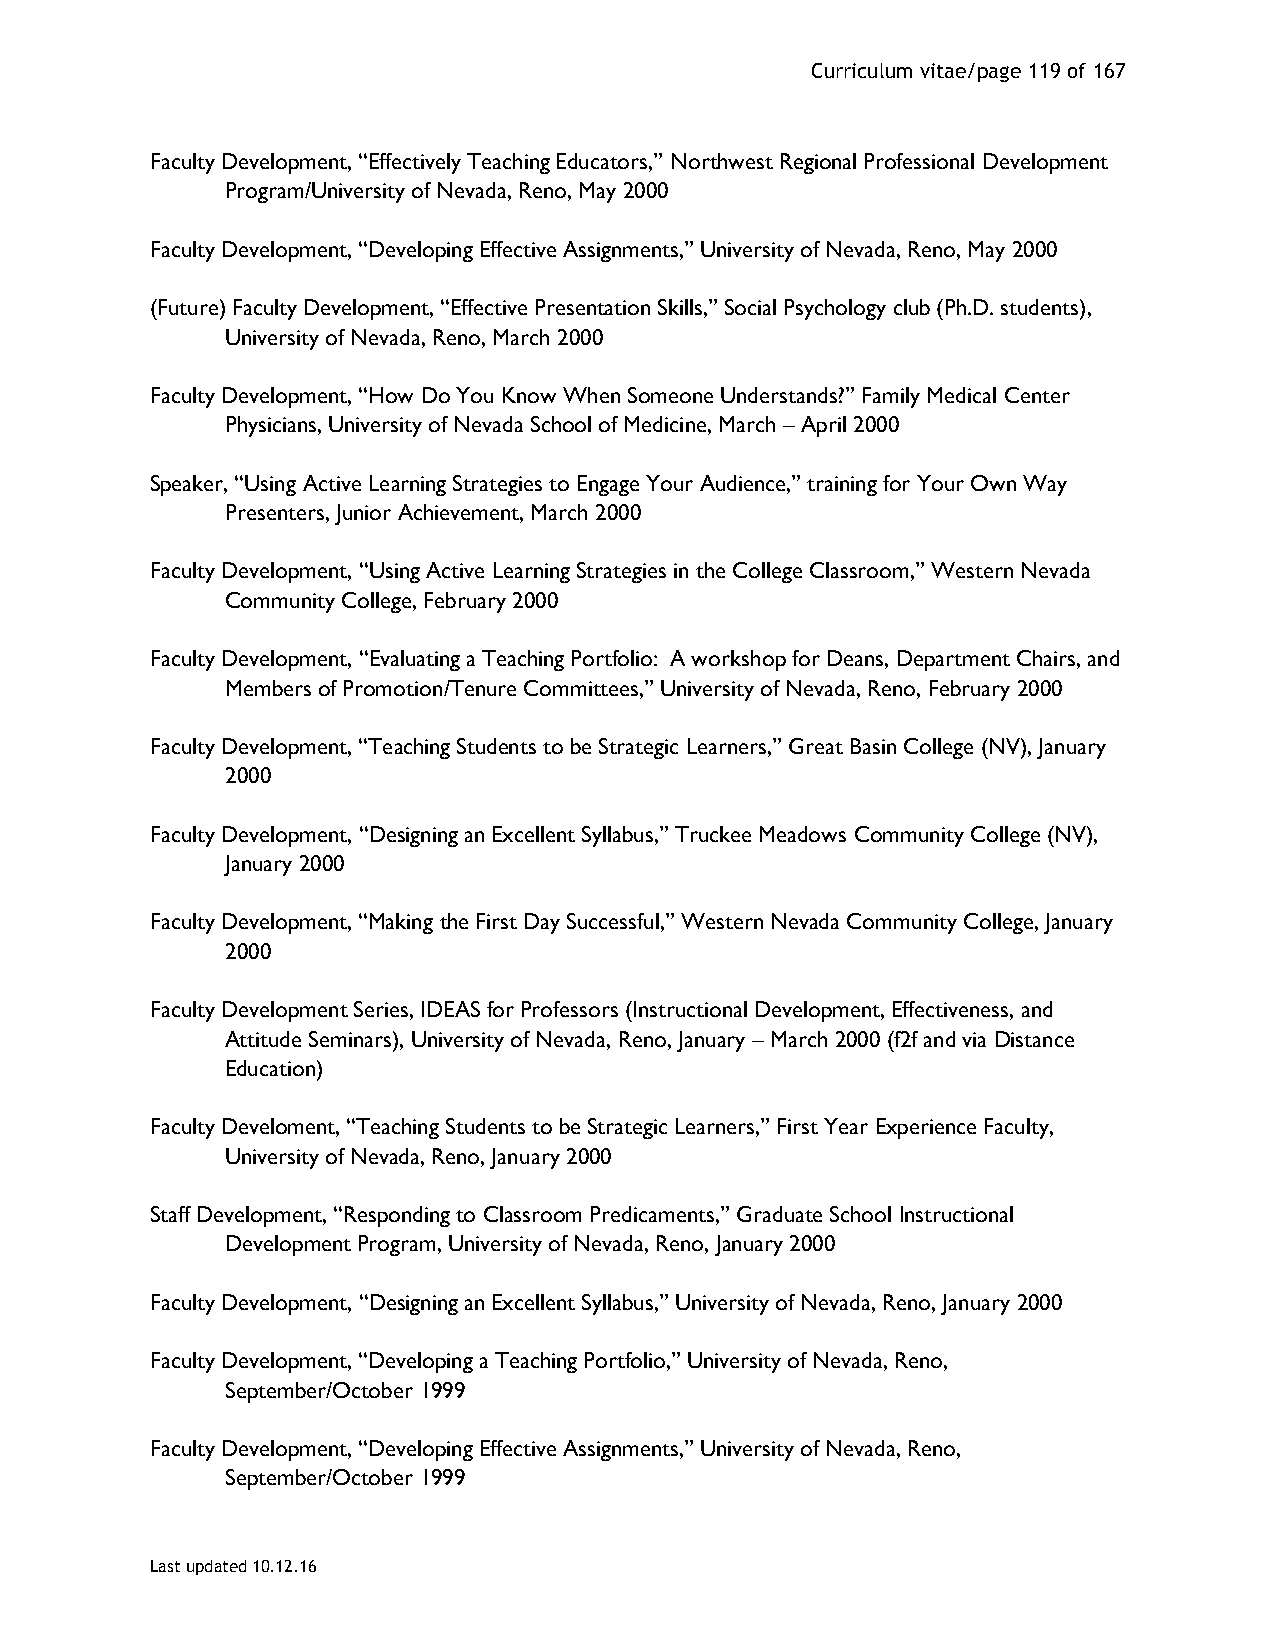
Curriculum vitae/page 119 of 167
 Faculty Development, “Effectively Teaching Educators,” Northwest Regional Professional Development
 Program/University of Nevada, Reno, May 2000
 Faculty Development, “Developing Effective Assignments,” University of Nevada, Reno, May 2000
 (Future) Faculty Development, “Effective Presentation Skills,” Social Psychology club (Ph.D. students),
 University of Nevada, Reno, March 2000
 Faculty Development, “How Do You Know When Someone Understands?” Family Medical Center
 Physicians, University of Nevada School of Medicine, March – April 2000
 Speaker, “Using Active Learning Strategies to Engage Your Audience,” training for Your Own Way
 Presenters, Junior Achievement, March 2000
 Faculty Development, “Using Active Learning Strategies in the College Classroom,” Western Nevada
 Community College, February 2000
 Faculty Development, “Evaluating a Teaching Portfolio: A workshop for Deans, Department Chairs, and
 Members of Promotion/Tenure Committees,” University of Nevada, Reno, February 2000
 Faculty Development, “Teaching Students to be Strategic Learners,” Great Basin College (NV), January
 2000
 Faculty Development, “Designing an Excellent Syllabus,” Truckee Meadows Community College (NV),
 January 2000
 Faculty Development, “Making the First Day Successful,” Western Nevada Community College, January
 2000
 Faculty Development Series, IDEAS for Professors (Instructional Development, Effectiveness, and
 Attitude Seminars), University of Nevada, Reno, January – March 2000 (f2f and via Distance
 Education)
 Faculty Develoment, “Teaching Students to be Strategic Learners,” First Year Experience Faculty,
 University of Nevada, Reno, January 2000
 Staff Development, “Responding to Classroom Predicaments,” Graduate School Instructional
 Development Program, University of Nevada, Reno, January 2000
 Faculty Development, “Designing an Excellent Syllabus,” University of Nevada, Reno, January 2000
 Faculty Development, “Developing a Teaching Portfolio,” University of Nevada, Reno,
 September/October 1999
 Faculty Development, “Developing Effective Assignments,” University of Nevada, Reno,
 September/October 1999
 Last updated 10.12.16